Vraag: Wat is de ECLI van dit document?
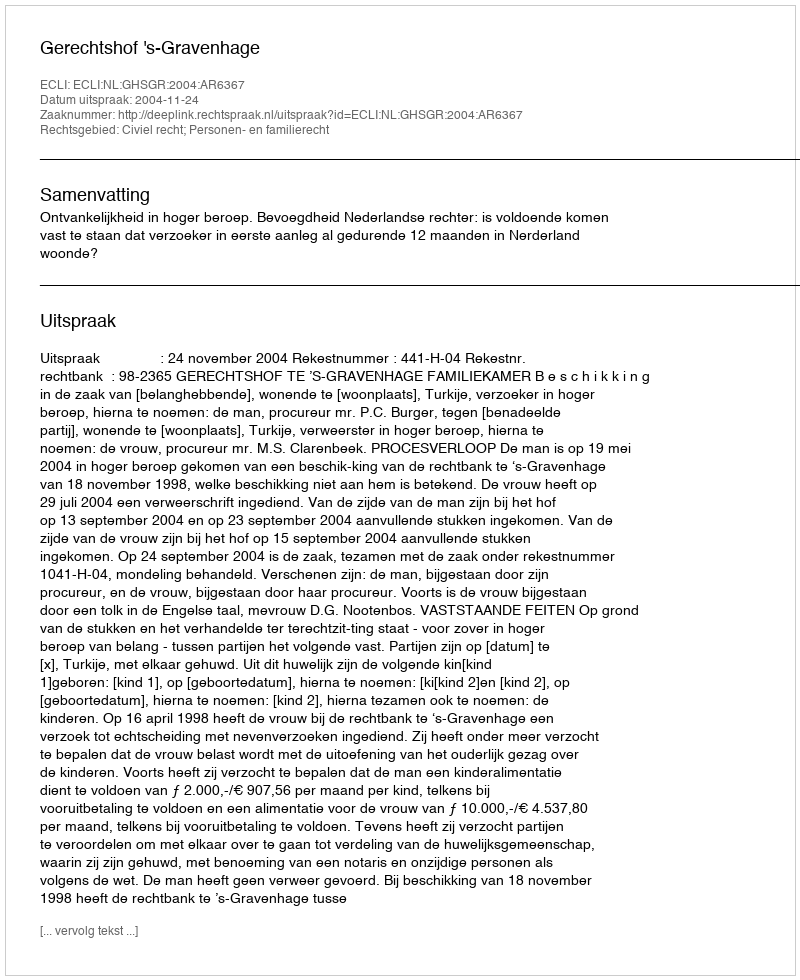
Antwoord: ECLI:NL:GHSGR:2004:AR6367